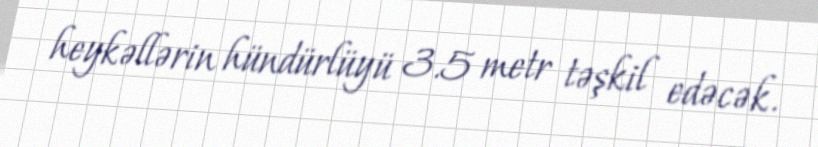
heykəllərin hündürlüyü 3.5 metr təşkil edəcək.